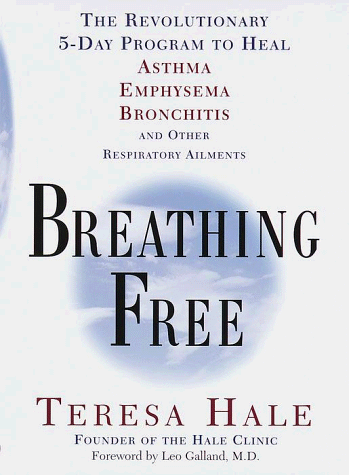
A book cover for Breathing Free: The Revolutionary 5-Day Program to Heal Asthma, Emphysema, Bronchitis, and Other  Respiratory Ailments; Teresa Hale; Health, Fitness & Dieting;